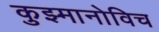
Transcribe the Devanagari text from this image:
कुझ्मानोविच